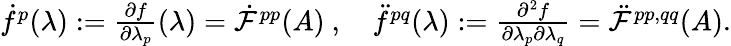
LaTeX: \begin{array}{r}{\dot{f}^{p}(\lambda):=\frac{\partial f}{\partial\lambda_{p}}(\lambda)=\dot{\mathcal{F}}^{pp}(A)\ ,\quad\ddot{f}^{pq}(\lambda):=\frac{\partial^{2}f}{\partial\lambda_{p}\partial\lambda_{q}}=\ddot{\mathcal{F}}^{pp,qq}(A).}\end{array}